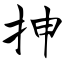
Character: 抻